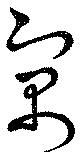
寓